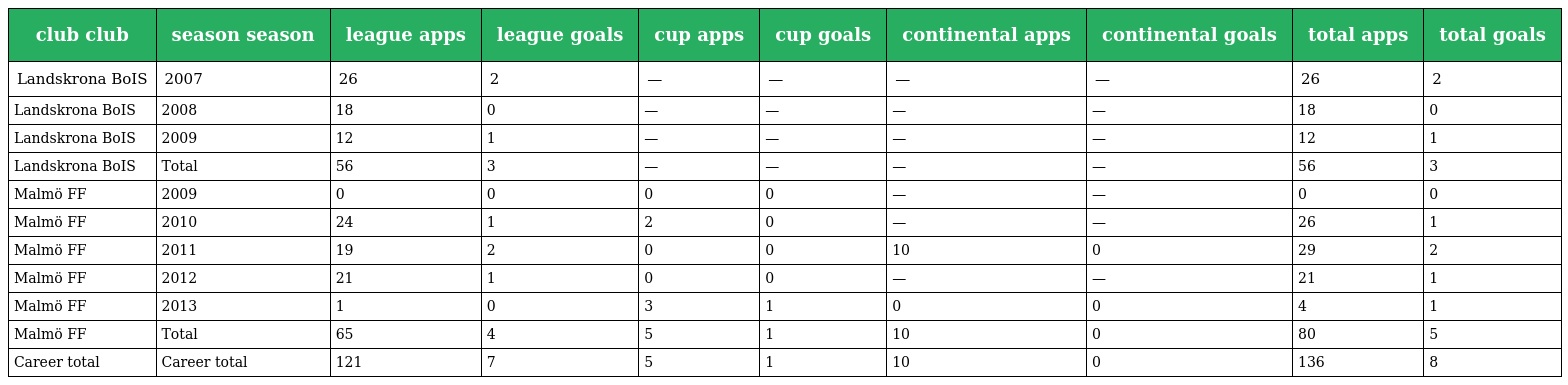
| club club | season season | league apps | league goals | cup apps | cup goals | continental apps | continental goals | total apps | total goals |
 | --- | --- | --- | --- | --- | --- | --- | --- | --- | --- |
 | Landskrona BoIS | 2007 | 26 | 2 | — | — | — | — | 26 | 2 |
 | Landskrona BoIS | 2008 | 18 | 0 | — | — | — | — | 18 | 0 |
 | Landskrona BoIS | 2009 | 12 | 1 | — | — | — | — | 12 | 1 |
 | Landskrona BoIS | Total | 56 | 3 | — | — | — | — | 56 | 3 |
 | Malmö FF | 2009 | 0 | 0 | 0 | 0 | — | — | 0 | 0 |
 | Malmö FF | 2010 | 24 | 1 | 2 | 0 | — | — | 26 | 1 |
 | Malmö FF | 2011 | 19 | 2 | 0 | 0 | 10 | 0 | 29 | 2 |
 | Malmö FF | 2012 | 21 | 1 | 0 | 0 | — | — | 21 | 1 |
 | Malmö FF | 2013 | 1 | 0 | 3 | 1 | 0 | 0 | 4 | 1 |
 | Malmö FF | Total | 65 | 4 | 5 | 1 | 10 | 0 | 80 | 5 |
 | Career total | Career total | 121 | 7 | 5 | 1 | 10 | 0 | 136 | 8 |